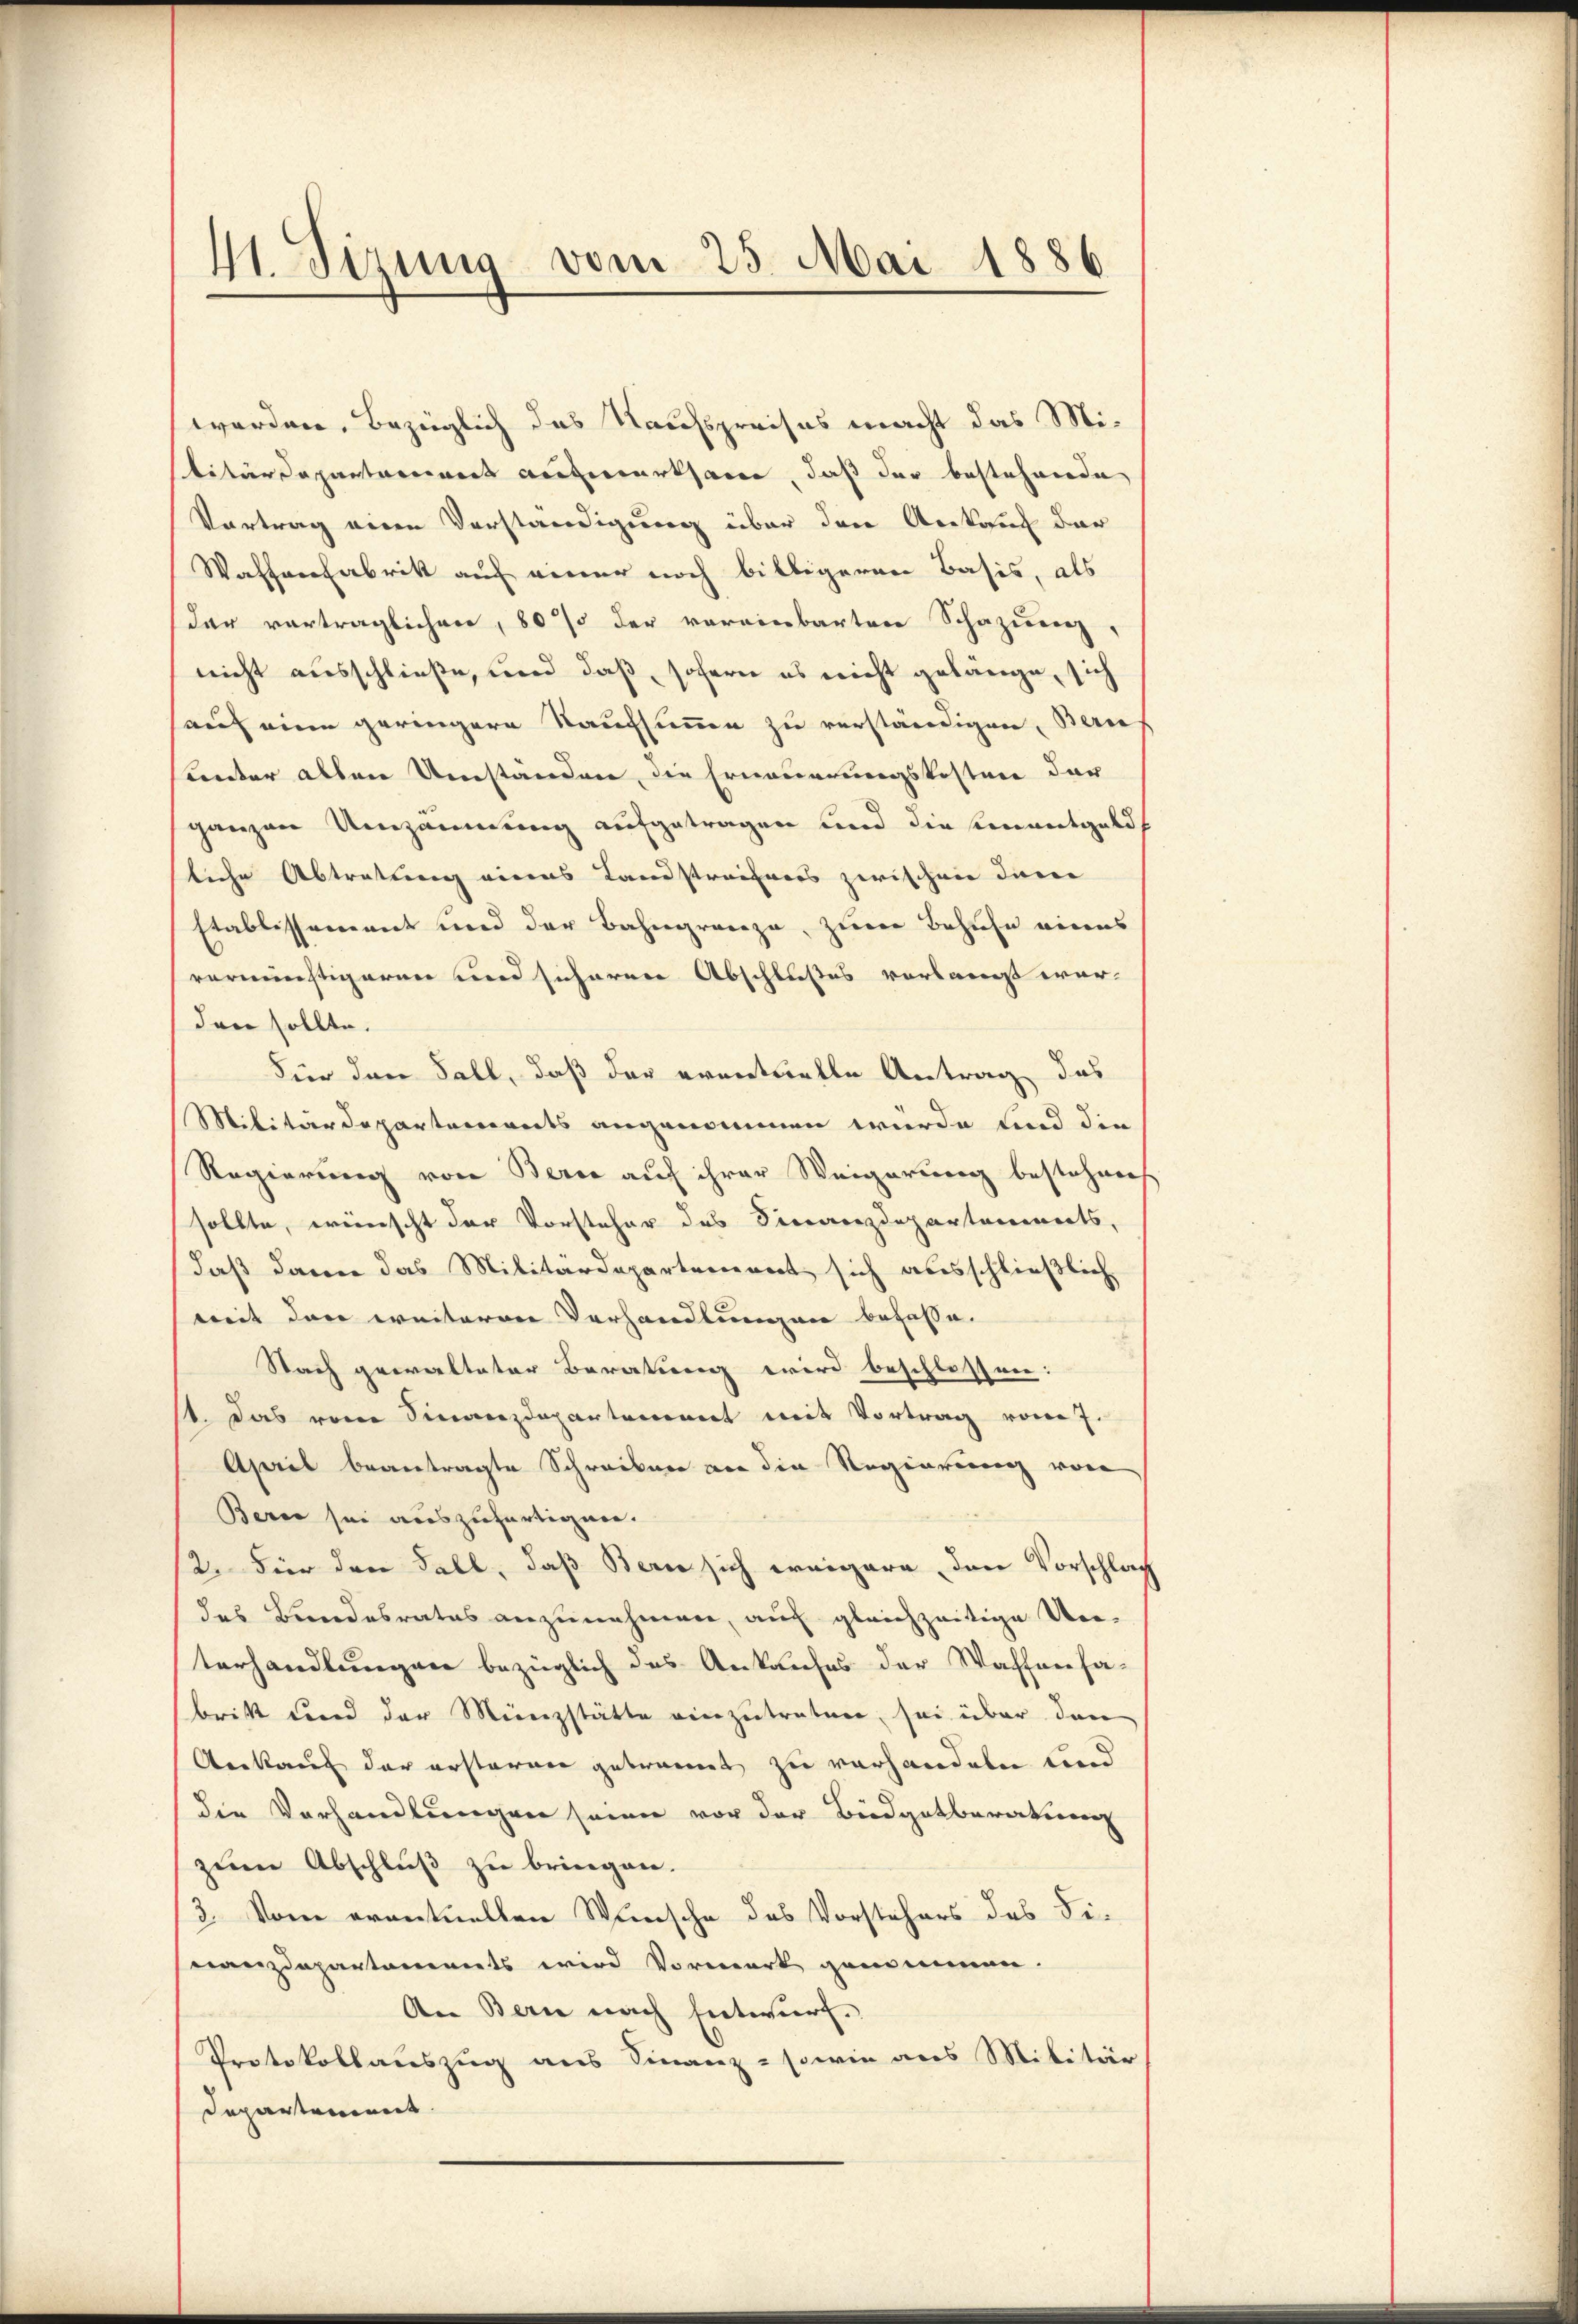
41. Sizung vom 25. Mai 1886.

werden, bezüglich das Kaufspreises macht das Militärdepartement aufmerksame, daß der bestehende
Vortrag einen Vorständigung über den Ankauf der
Waffenfabrik auf einer noch billigeren Basis, als
dar vorträglichen, 80% der vereinbarten Schazung,
nicht ausschließe, und daß, sofern es nicht gelänge, sich
sauf eine geringere Kaufsumme zu verständigen, Berne
unter allen Umstanden, die Erneuerungskostere der
ganzen Umzäumung aufgetragen und die Unentgelds
sliche Abtretung eines Landstreifers zwischen dem
Etablissement und der Bahngränze, zur Behufe eines
verminstigeren und sicheren Abschlußes vorlangt wer-
den sollte.
Fier den Fall, daß der eventuelle Antrag das
Militärdepartements angenommen würde und die
Regierung von Berne auf ihrer Weigerung bestehenes
sollte, wünscht der Vorsteher das Siccaenzdepartanenerts,
daß dann das Militärdepartement sich ausschließliche
mit den weiteren Verhandlungen befasse.
Nach gewalteter Beratung wird beschlossen:
st. Das vom Finanzdepartement mit Vortrag vom 7.
April beantragte Schreiben von die Regierung von
Berne sei auszufertigen.
2. Für den Fall, daß Bern sich ereigern, den Vorschlag
des Bundesrates anzunehmen, auf gleichzeitige Un-
terhandlungen bezüglich des Ankaufes der Waffensa-
britt und der Menzstätte einzutreten, sei über den
Ankauf der ersteren gebrannt zu vorhandeln und
die Verhandlungen seien vor der Büdgetberatung
zŭm Abschlŭβ zŭ bringen.
3. Vom eventuellen Wunsche des Vorstehers des Fi-
nanzdepartaments wird Vormerk genommen.
An Bern nach Entwurf.
Protokollauszug aus Finanz- sowie aus Militär
Departement